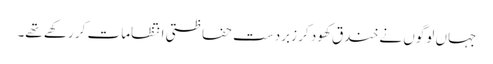
جہاں لوگوں نے خندق کھود کر زبردست حفاظتی انتظامات کر رکھے تھے۔